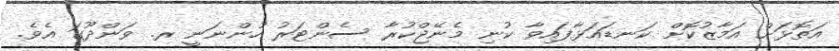
އަތޮޅަށް އަމާޒުކޮށް ކަނޑައަޅާފައިވާ ކުނި މެނޭޖްކުރާ ސެންޓަރު ހުންނަނީ ރ. ވަންދޫގަ އެވެ.